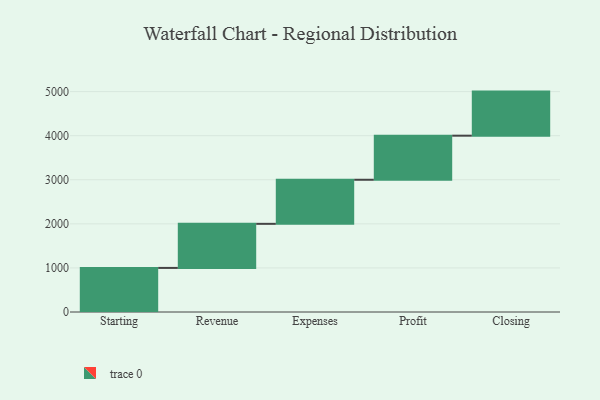
{"axis": {"x": "Step", "y": "Value"}, "legend": [""], "data": [{"x": "Starting", "y": 1000, "type": ""}, {"x": "Revenue", "y": 1000, "type": ""}, {"x": "Expenses", "y": 1000, "type": ""}, {"x": "Profit", "y": 1000, "type": ""}, {"x": "Closing", "y": 1000, "type": ""}]}